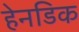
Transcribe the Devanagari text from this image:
हेनडिक